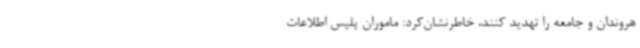
هروندان و جامعه را تهدید کنند، خاطرنشان‌کرد: ماموران پلیس اطلاعات